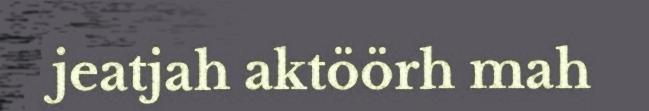
jeatjah aktöörh mah